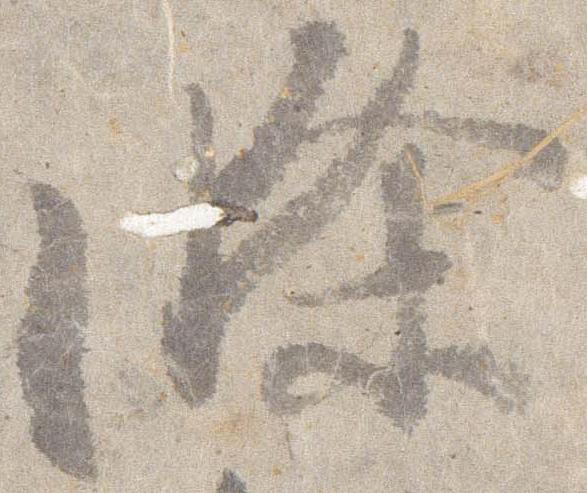
条